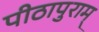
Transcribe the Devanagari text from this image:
पीठापुराम्‌